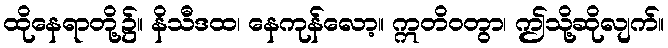
ထိုနေရာတို့၌။ နိသီဒထ၊ နေကုန်လော့။ ဣတိဝတွာ၊ ဤသို့ဆိုလျက်။